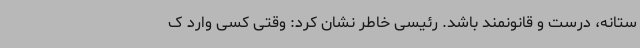
ستانه، درست و قانونمند باشد. رئیسی خاطر نشان کرد: وقتی کسی وارد ک